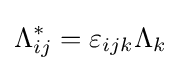
\Lambda _{ij}^{*}=\varepsilon _{ijk}\Lambda _{k}